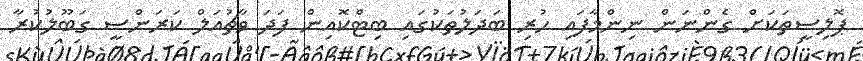
ޕޮލިސީތަކަށް ގެންނަން ނިންމާފައި ހުރި ބަދަލުތަކުގައި ބިޓްކޮއިން ފަދަ ވާޗުއަލް ކަރަންސީ ގަބޫލުކުރާ